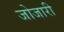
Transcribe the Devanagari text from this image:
जोजारी